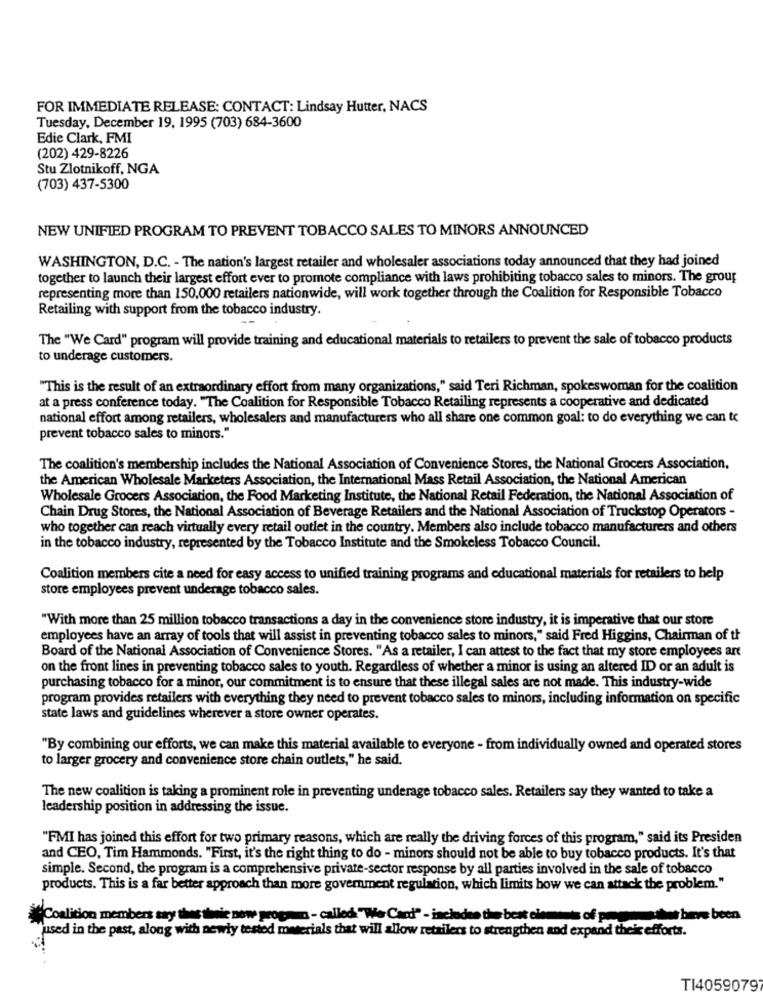
FOR IMMEDIATE RELEASE: CONTACT: Lindsay Hutter, NACS
Tuesday, December 19, 1995 (703) 684-3600
Edie Clark, FMI
(202) 429-8226
Stu Zlotnikoff, NGA
(703) 437-5300
NEW UNIFIED PROGRAM TO PREVENT TOBACCO SALES TO MINORS ANNOUNCED
WASHINGTON, D.C. - The nation's largest retailer and wholesaler associations today announced that they had joined
together to launch their largest effort ever to promote compliance with laws prohibiting tobacco sales to minors. The group
representing more than 150,000 retailers nationwide, will work together through the Coalition for Responsible Tobacco
Retailing with support from the tobacco industry.
The "We Card" program will provide training and educational materials to retailers to prevent the sale of tobacco products
to underage customers.
"This is the result of an extraordinary effort from many organizations," said Teri Richman, spokeswoman for the coalition
at a press conference today. "The Coalition for Responsible Tobacco Retailing represents a cooperative and dedicated
national effort among retailers, wholesalers and manufacturers who all share one common goal: to do everything we can to
prevent tobacco sales to minors."
The coalition's membership includes the National Association of Convenience Stores, the National Grocers Association,
the American Wholesale Marketers Association, the International Mass Retail Association, the National American
Wholesale Grocers Association, the Food Marketing Institute, the National Retail Federation, the National Association of
Chain Drug Stores, the National Association of Beverage Retailers and the National Association of Truckstop Operators -
who together can reach virtually every retail outlet in the country. Members also include tobacco manufacturers and others
in the tobacco industry, represented by the Tobacco Institute and the Smokeless Tobacco Council.
Coalition members cite a need for easy access to unified training programs and educational materials for retailers to help
store employees prevent underage tobacco sales.
"With more than 25 million tobacco transactions a day in the convenience store industry, it is imperative that our store
employees have an array of tools that will assist in preventing tobacco sales to minors," said Fred Higgins, Chairman of th
Board of the National Association of Convenience Stores. "As a retailer, I can attest to the fact that my store employees art
on the front lines in preventing tobacco sales to youth. Regardless of whether a minor is using an altered ID or an adult is
purchasing tobacco for a minor, our commitment is to ensure that these illegal sales are not made. This industry-wide
program provides retailers with everything they need to prevent tobacco sales to minors, including information on specific
state laws and guidelines wherever a store owner operates.
"By combining our efforts, we can make this material available to everyone - from individually owned and operated stores
to larger grocery and convenience store chain outlets," he said.
The new coalition is taking a prominent role in preventing underage tobacco sales. Retailers say they wanted to take a
leadership position in addressing the issue.
"FMI has joined this effort for two primary reasons, which are really the driving forces of this program," said its Presiden
and CEO, Tim Hammonds. "First, it's the right thing to do - minors should not be able to buy tobacco products. It's that
simple. Second, the program is a comprehensive private-sector response by all parties involved in the sale of tobacco
products. This is a far better approach than more government regulation, which limits how we can attack the problem."
"Coalition members say thes thuwie now program - called"Wer Card" - includes the best clements of pmg
not beve been
used in the past, along with newly tested materials that will allow retailers to strengthen and expand their efforts.
TI4059079